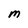
Character: M